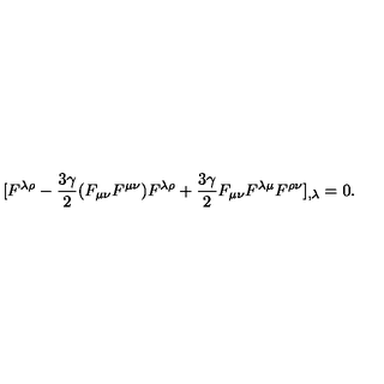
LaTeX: [ F ^ { \lambda \rho } - \frac { 3 \gamma } { 2 } ( F _ { \mu \nu } F ^ { \mu \nu } ) F ^ { \lambda \rho } + \frac { 3 \gamma } { 2 } F _ { \mu \nu } F ^ { \lambda \mu } F ^ { \rho \nu } ] _ { , \lambda } = 0 .